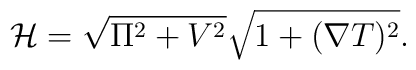
{\cal H} = \sqrt{\Pi ^2 + V^2}\sqrt{1 + (\nabla T)^2}.